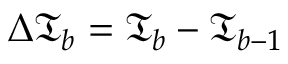
\Delta \mathfrak { T } _ { b } = \mathfrak { T } _ { b } - \mathfrak { T } _ { b - 1 }